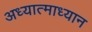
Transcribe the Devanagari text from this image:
अध्यात्माध्यान